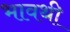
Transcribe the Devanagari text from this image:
भावथी